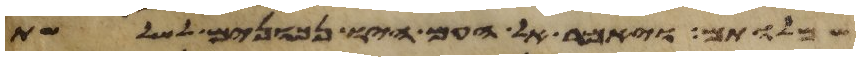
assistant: שמלותם ויאמר אל העם היו נכונים לשלשת